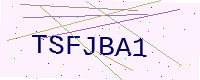
Text: TSFJBA1